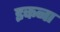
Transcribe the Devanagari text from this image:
इकना